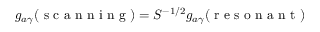
g _ { a \gamma } ( \textrm { s c a n n i n g } ) = S ^ { - 1 / 2 } g _ { a \gamma } ( \textrm { r e s o n a n t } )